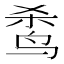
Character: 𬸌